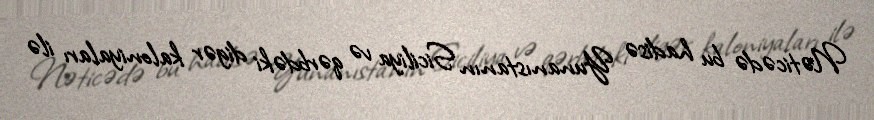
Nəticədə bu hadisə Yunanıstanın Siciliya və qərbdəki digər kaloniyaları ilə